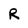
Character: R